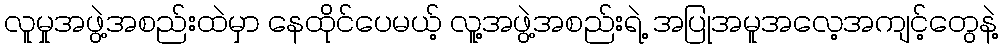
လူမှုအဖွဲ့အစည်းထဲမှာ နေထိုင်ပေမယ့် လူ့အဖွဲ့အစည်းရဲ့ အပြုအမူအလေ့အကျင့်တွေနဲ့